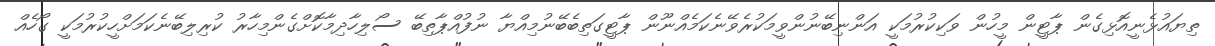
ތިޔައުޅެނީއޮޅިގެން ޕާޓީން މީހުން ވަކިކުރުމަކީ އަންނިބޭނުންވީމަކުރެވޭނެކަމެއްނޫން ޕާޓީގަތިބެބޭނުމިއްޔާ ނުފުއްޕާތިބޭ ސޯލިހާދިމާކޮށްގެންމިހާރު ކުރިލިބޭނެކަމަށްހީކުރުމަކީ ގޯހެއް